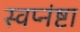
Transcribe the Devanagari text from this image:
स्वप्नंष्टा